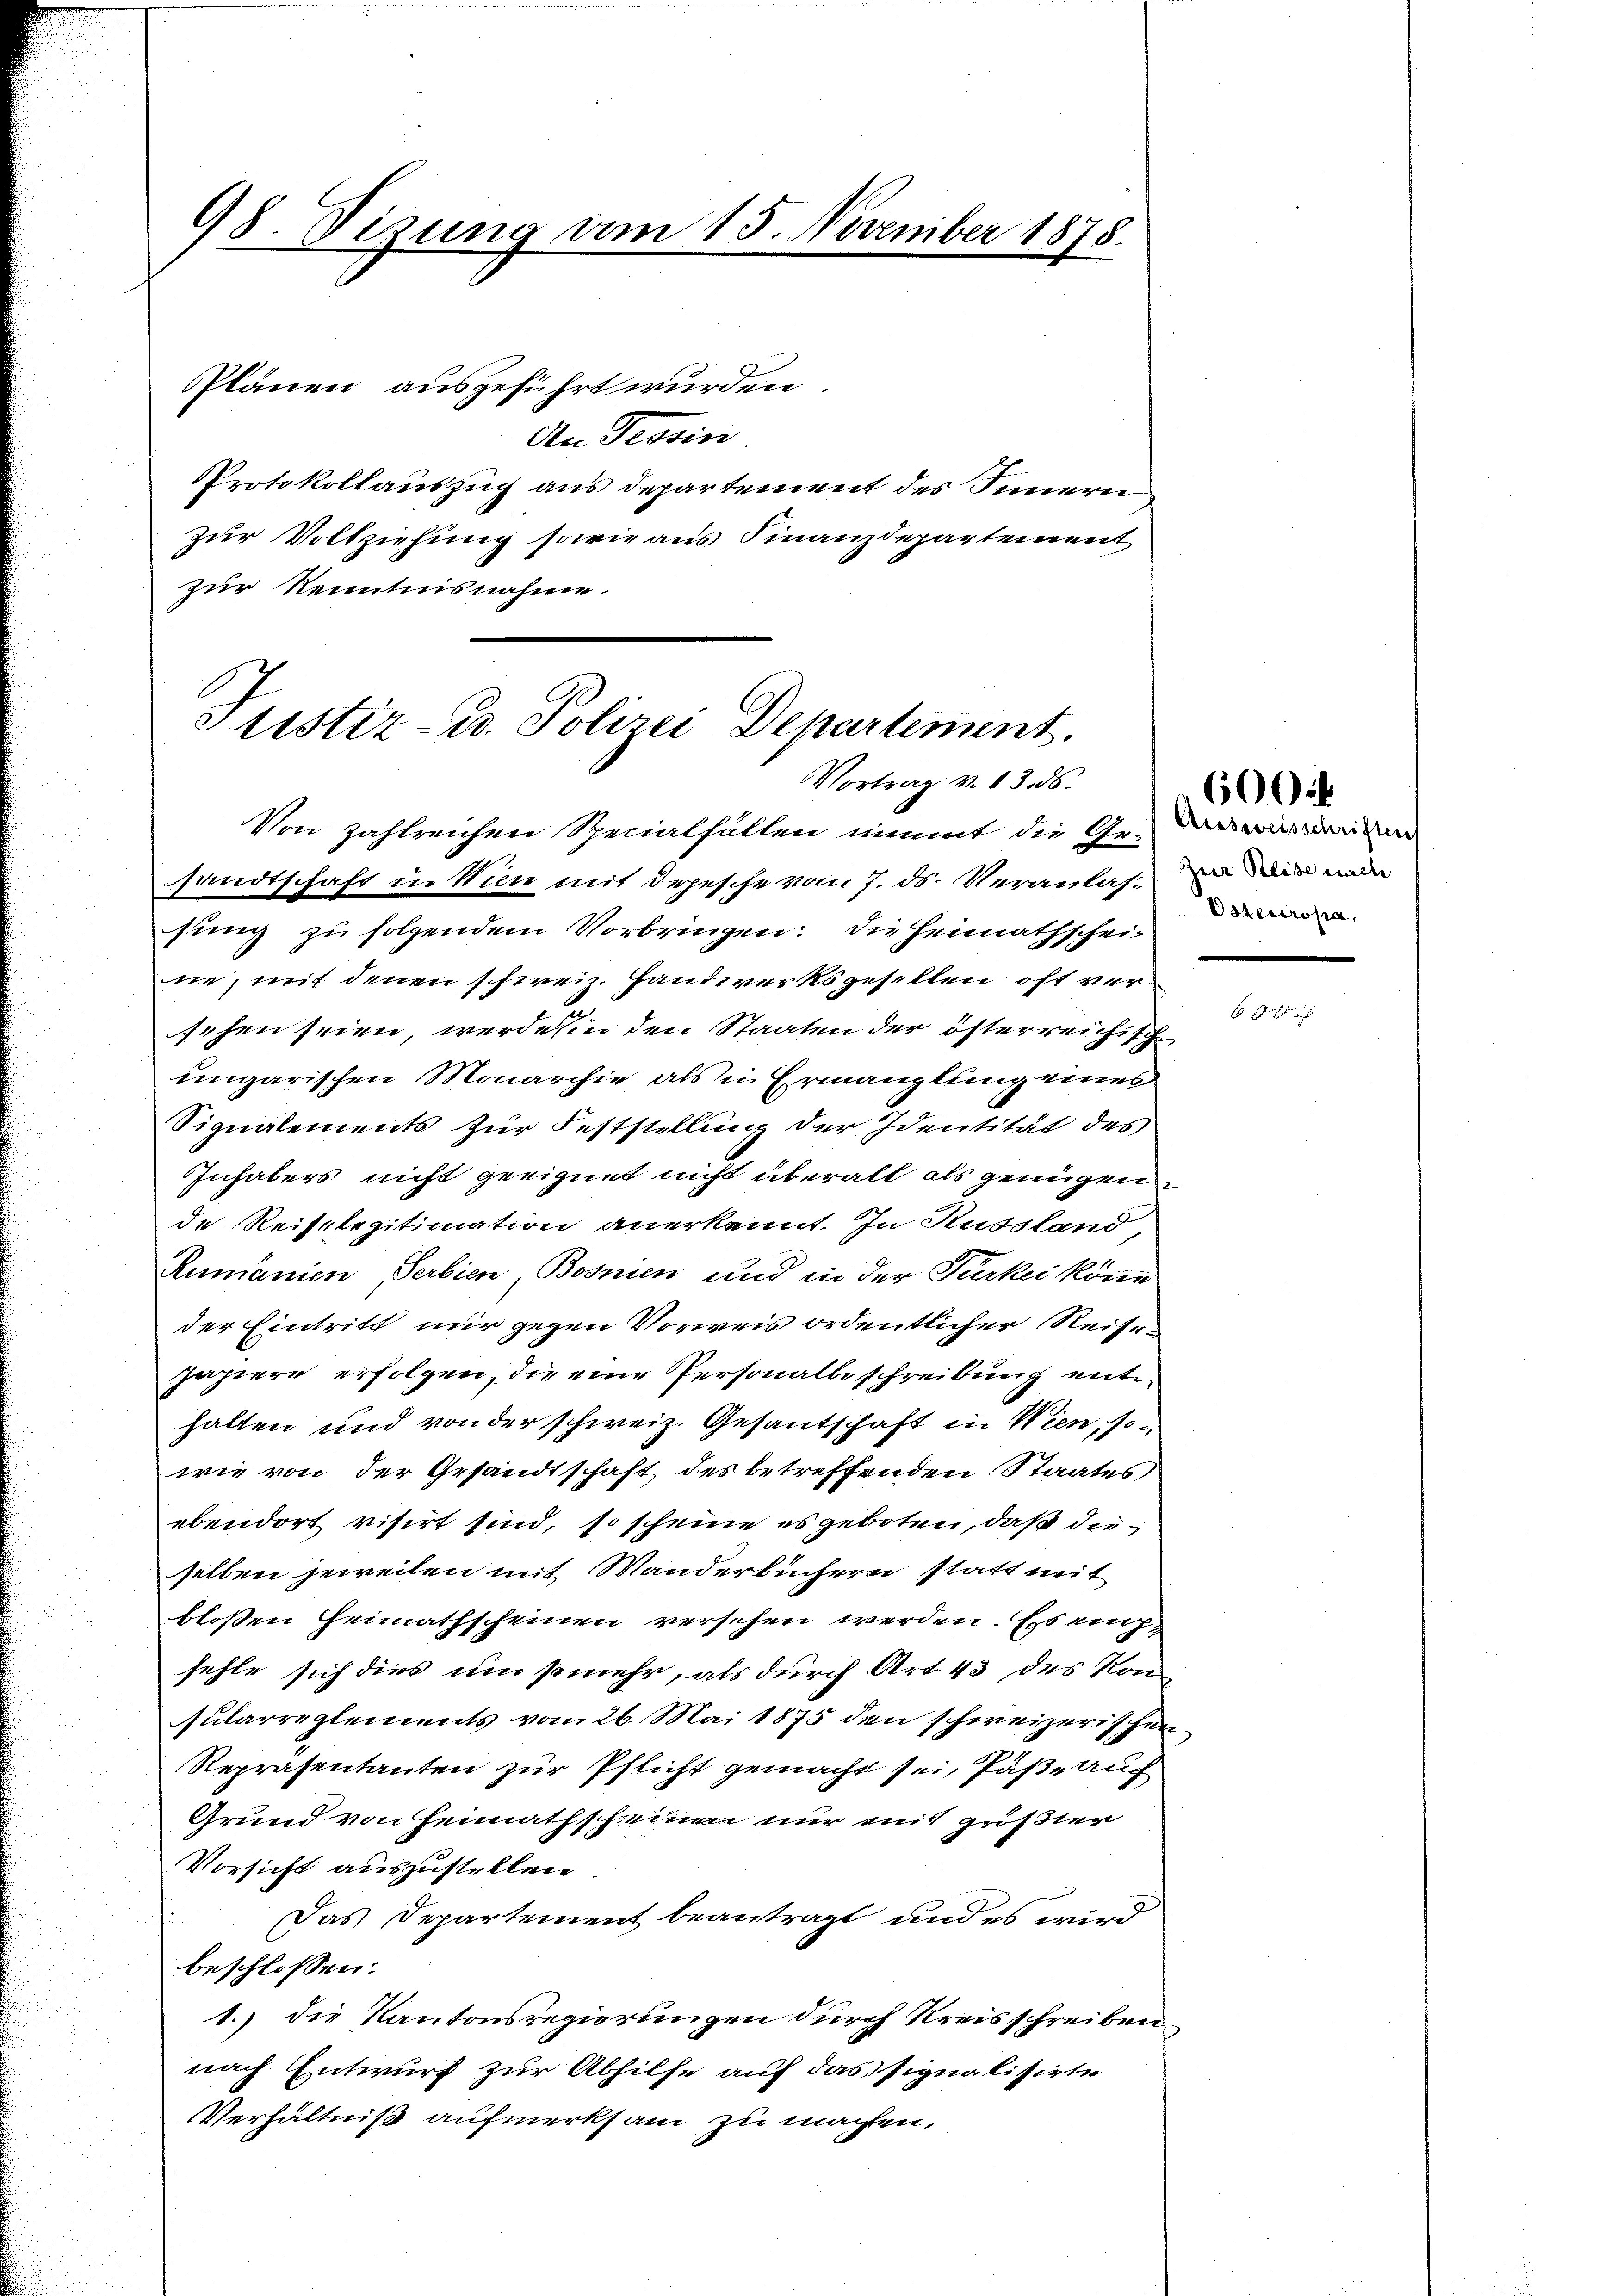
98. Sizung vom 15. November 1875.

Plänen ausgeführt wurden.
An Tessin
Protokollauszug aus Departement des Innern
zur Vollziehung sowie aus Finanzdepartement
zur Kenntnisnahme.

Von zahlreichen Specialfällen nimmt die Gr. Das wird einen
sandtschaft in Wien mit Depesche vom 7. ds. Veranlast mir wa
sung zu folgendem Vorbringen: Die Heimathscheine, mit denen schweiz. Handwerks gesellen oft versehen seien, werde in den Staaten der österreichische
ungarischen Monarchie als in Ermanglung eines
Signalements zur Feststellung der Identität des
Inhabers nicht geeignet nicht überall als genügen
de Reiselegitimation anerkannt. In Russland,
Rumanien Serbien, Bosnien und in der Türkei könne
der Eintritt nur gegen Vorweis ordentlicher Reisepapiere erfolgen, die eine Personalbeschreibung ent
halten und von der schweiz. Gesantschaft in Wien, so-
wie von der Gesandtschaft des betreffenden Staates
ebendort visirt sind, so scheine es geboten, daß dieselben jeweilen mit Manderbüchern statt mit
bloßen Heimathscheinen verschen werden. Ess einfehle sich dies umsomehr, als durch Art. 43 des Kon
sularreglements vom 26. Mai 1875 den schweizerischen
Repräsentanten zur Pflicht gemacht sei, Päße auch
Grund von Heimathscheinen nur mit größter
Vorsicht auszustellen.
Das Departement beantragt und es wird
beschlossen:
1.) die Kantonsregierungen durch Kreisschreiben
nach Entwurf zur Abhilfe auf das signalisirte
Verhältniß aufmerksam zu machen,

Stistiz- u. Polizei Departement.
Vortrag v. 13. 56.

Osterropa,

6004